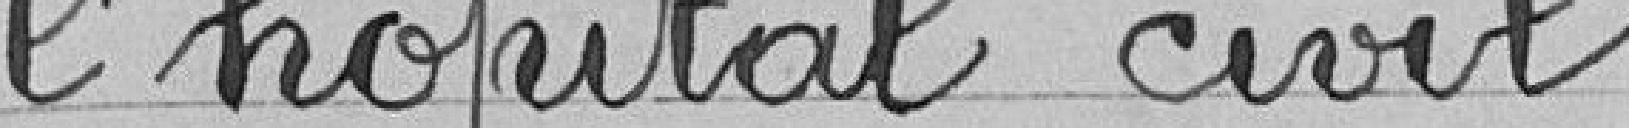
l'hôpital civil